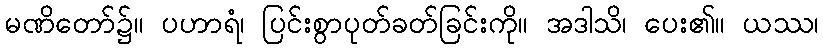
မဏိတော်၌။ ပဟာရံ၊ ပြင်းစွာပုတ်ခတ်ခြင်းကို။ အဒါသိ၊ ပေး၏။ ယဿ၊